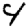
Digit: 4